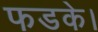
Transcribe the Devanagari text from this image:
फडके।